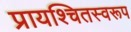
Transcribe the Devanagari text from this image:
प्रायश्चितस्वरूप